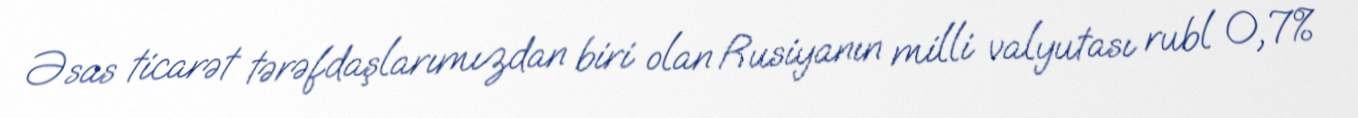
Əsas ticarət tərəfdaşlarımızdan biri olan Rusiyanın milli valyutası rubl 0,7%